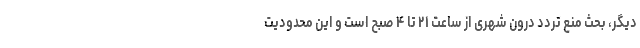
دیگر، بحث منع تردد درون شهری از ساعت ۲۱ تا ۴ صبح است و این محدودیت